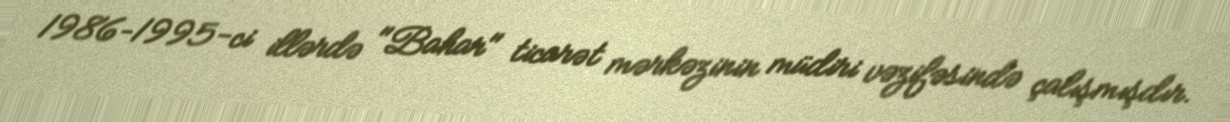
1986–1995-ci illərdə "Bahar" ticarət mərkəzinin müdiri vəzifəsində çalışmışdır.